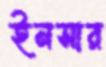
ইনসার